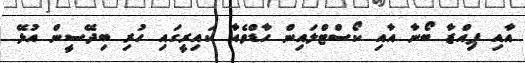
އާއި ޕިއްޒާ ބޯނާ އާއި ކޯސްޓްލައިން ހާޑްވެއާ ކައިރީގައި ހުރި ބިދޭސީން އުޅޭ